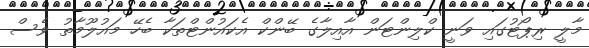
މާލީ ރިޕޯޓުގައި ވަނީ ކްލިންޓަން އާއިލާގެ ބޭންކް އެކައުންޓްތަކާ ބެހޭ މައުލޫމާތު ވެސް